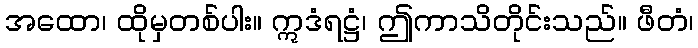
အထော၊ ထိုမှတစ်ပါး။ ဣဒံရဋ္ဌံ၊ ဤကာသိတိုင်းသည်။ ဖီတံ၊